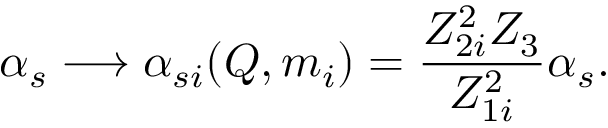
\alpha _ { s } \longrightarrow \alpha _ { s i } ( Q , m _ { i } ) = \frac { Z _ { 2 i } ^ { 2 } Z _ { 3 } } { Z _ { 1 i } ^ { 2 } } \alpha _ { s } .